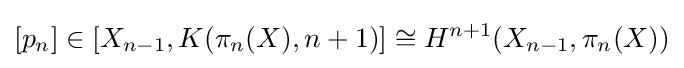
[p_{n}]\in [X_{n-1},K(\pi _{n}(X),n+1)]\cong H^{n+1}(X_{n-1},\pi _{n}(X))